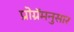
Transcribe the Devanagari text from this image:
प्रोग्रॅमनुसार